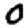
Digit: 0